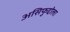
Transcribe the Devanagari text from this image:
असिफुद्दोला